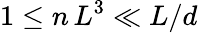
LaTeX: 1\leq n\, L^{3}\ll L/d